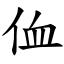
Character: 侐